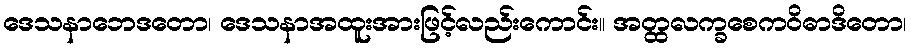
ဒေသနာဘေဒတော၊ ဒေသနာအထူးအားဖြင့်လည်းကောင်း။ အတ္ထလက္ခစေကဝိဓာဒိတော၊